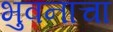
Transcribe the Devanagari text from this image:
भुवनाचा